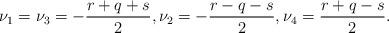
LaTeX: \begin{align*}\nu_1=\nu_3=-\frac{r+q+s}{2},\nu_2=-\frac{r-q-s}{2},\nu_4=\frac{r+q-s}{2}.\end{align*}